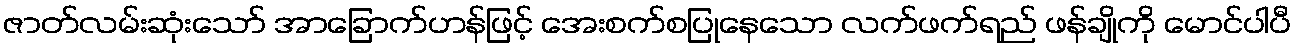
ဇာတ်လမ်းဆုံးသော် အာခြောက်ဟန်ဖြင့် အေးစက်စပြုနေသော လက်ဖက်ရည် ဖန်ချိုကို မောင်ပါပီ